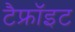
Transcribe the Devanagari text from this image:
टैफ्रॉइट